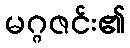
မဂ္ဂဇင်း၏